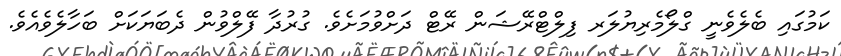
ކަމުގައި ބެލެވެނީ ގްލޯމެރިޔުލަރ ފިލްޓްރޭޝަން ރޭޓް ދަށްވުމަށެވެ. ގުރުދާ ފޭލްވުން ދެބަޔަކަށް ބަހާލެވެއެވެ.